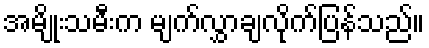
အမျိုးသမီးက မျက်လွှာချလိုက်ပြန်သည်။